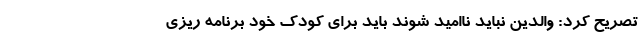
تصریح کرد: والدین نباید ناامید شوند باید برای کودک خود برنامه ریزی